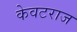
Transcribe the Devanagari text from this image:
केवटराज